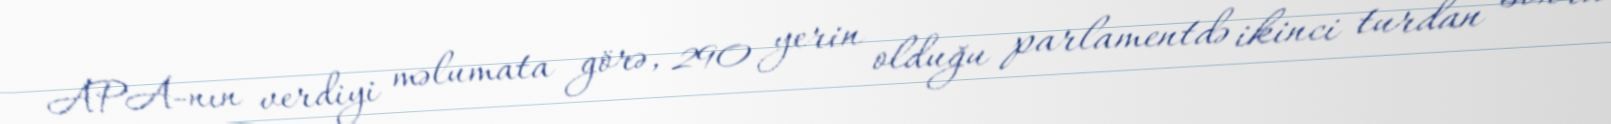
APA-nın verdiyi məlumata görə, 290 yerin olduğu parlamentdə ikinci turdan sonra